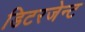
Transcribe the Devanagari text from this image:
डिटरजेन्ट